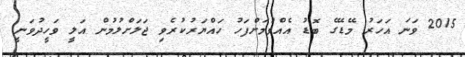
2015 ވަނަ އަހަރު މޭޑޭގެ ބޮޑު އެއްވުމަށްފަހު ހައްޔަރުކުރެވި ޖަލަށްލުމުން އަލީ ވަހީދުވަނީ